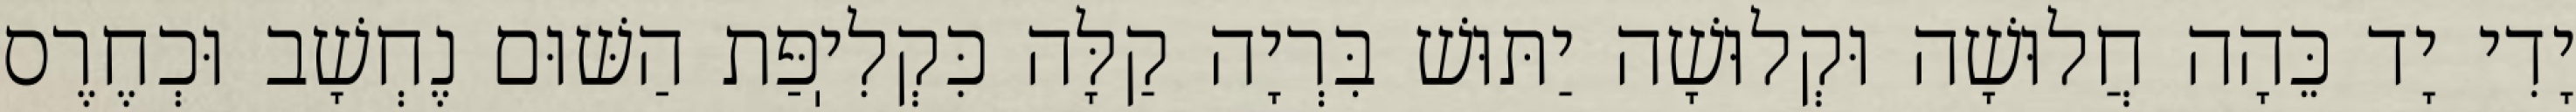
יָדִי יָד כֵּהָה חֲלוּשָׁה וּקְלוּשָׁה יַתּוּשׁ בִּרְיָה קַלָּה כִּקְלִיֽפַּת הַשּׁוּם נֶחְשָׁב וּכְחֶרֶס